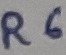
Text: R6